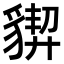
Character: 𧳳